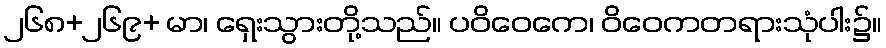
၂၆၈+၂၆၉+ မာ၊ ရှေးသွားတို့သည်။ ပဝိဝေကေ၊ ဝိဝေကတရားသုံပါး၌။